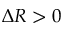
\Delta R > 0